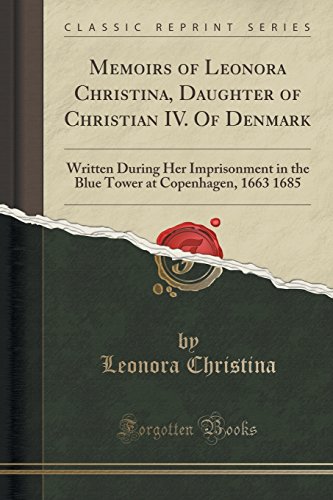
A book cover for Memoirs of Leonora Christina, Daughter of Christian IV. Of Denmark: Written During Her Imprisonment in the Blue Tower at Copenhagen, 1663 1685 (Classic Reprint); Leonora Christina; Biographies & Memoirs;